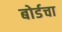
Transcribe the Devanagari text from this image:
बोर्डचा